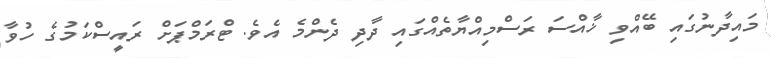
މައިދާނުގައި ބޭއްވި ޚާއްސަ ރަސްމިއްޔާތެއްގައި ދާދި ދެންމެ އެވެ. ޓްރަމްޕަށް ރައީސްކަމުގެ ހުވާ